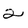
Character: 2